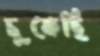
চুকেছি